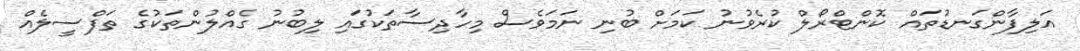
އަލިފާންގަނޑުތައް ކޮންޓްރޯލް ކުރެވުނު ކަމަށް ބުނި ނަމަވެސް މިހާދިސާތަކުގައި ލިބުނު ގެއްލުންތަކުގެ ތަފްސީލެއް